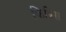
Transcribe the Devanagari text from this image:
फिन्निस